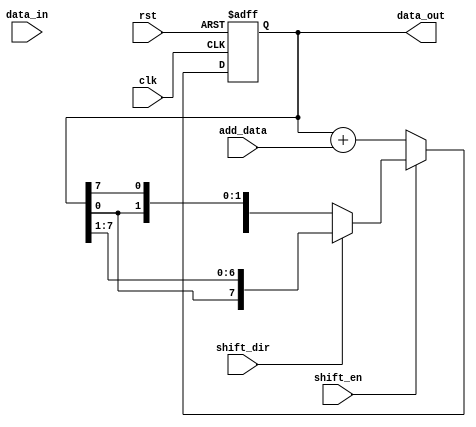
module ShiftAndAddRegister (
    input wire clk,
    input wire rst,
    input wire shift_dir,
    input wire shift_en,
    input wire [7:0] data_in,
    input wire [7:0] add_data,
    
    output reg [7:0] data_out
);

reg [7:0] shift_reg;

always @(posedge clk or posedge rst) begin
    if (rst) begin
        shift_reg <= 8'b0;
    end else begin
        if (shift_en) begin
            if (shift_dir) begin
                // shift right
                shift_reg <= {shift_reg[0], shift_reg[7:1]};
            end else begin
                // shift left
                shift_reg <= {shift_reg[6:0], shift_reg[7]};
            end
        end else begin
            // no shift, perform addition
            shift_reg <= shift_reg + add_data;
        end
    end
end

assign data_out = shift_reg;

endmodule